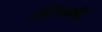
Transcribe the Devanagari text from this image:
हरिणाक्षी